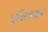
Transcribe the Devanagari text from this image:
एस्तिफर